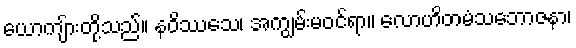
ယောကျ်ားတို့သည်။ နဝိဿသေ၊ အကျွမ်းမဝင်ရာ။ လောဟိတမံသဘောဇနာ၊